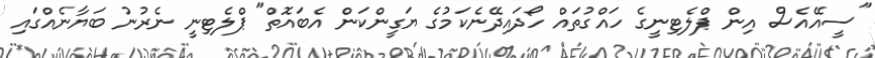
"ސީއޭއެސް އިން ޕްލެޓިނީގެ ހައްގުތައް ހޯދައިދޭނެކަމުގެ ޔަގީންކަން އެބައޮތް" ޕްލެޓިނީ ނެރުނު ބަޔާނެއްގައި